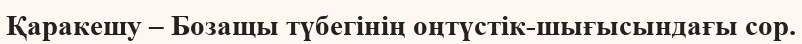
Қаракешу – Бозащы түбегінің оңтүстік-шығысындағы сор.